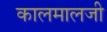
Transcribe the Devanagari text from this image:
कालमालजी